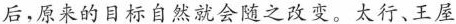
后，原来的目标自然就会随之改变。太行、王屋